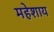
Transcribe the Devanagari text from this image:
महेशाय